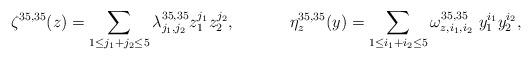
LaTeX: \begin{align*}\zeta^{35,35}(z)=\sum_{1\leq j_1+j_2\leq 5} \lambda_{j_1,j_2}^{35,35}z^{j_1}_1z^{j_2}_2 , \ \ \ \ \ \ \ \ \ \ \eta^{35,35}_z(y)=\sum_{1\leq i_1+i_2\leq 5} \omega_{z,i_1,i_2}^{35,35} \ y_1^{i_1}y_2^{i_2},\end{align*}